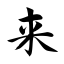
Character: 来